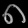
Digit: ၈